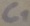
Text: C1